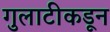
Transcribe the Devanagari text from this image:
गुलाटीकडून